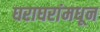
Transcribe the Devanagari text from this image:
घराघरांमधून